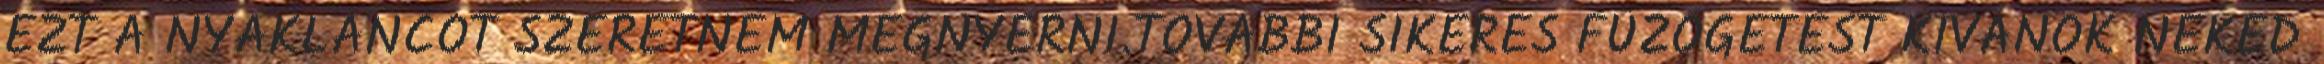
EZT A NYAKLÁNCOT SZERETNÉM MEGNYERNI.TOVÁBBI SIKERES FŰZÖGETÉST KÍVÁNOK NEKED